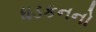
ધડકનનો